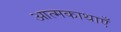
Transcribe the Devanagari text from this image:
आत्मकाथाएँ